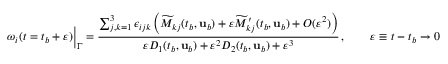
\omega _ { i } ( t = t _ { b } + \varepsilon ) \Big \vert _ { \Gamma } = \frac { \sum _ { j , k = 1 } ^ { 3 } \epsilon _ { i j k } \left( \widetilde { M } _ { k j } ( t _ { b } , { \mathbf { u } } _ { b } ) + \varepsilon \widetilde { M } _ { k j } ^ { \prime } ( t _ { b } , { \mathbf { u } } _ { b } ) + O ( \varepsilon ^ { 2 } ) \right) } { \varepsilon D _ { 1 } ( t _ { b } , { \mathbf { u } } _ { b } ) + \varepsilon ^ { 2 } D _ { 2 } ( t _ { b } , { \mathbf { u } } _ { b } ) + \varepsilon ^ { 3 } } \, , \qquad \varepsilon \equiv t - t _ { b } \to 0